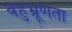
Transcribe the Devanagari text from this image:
बहुभ्रूणता